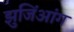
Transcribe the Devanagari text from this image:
झुजिंआंग